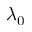
\lambda _ { 0 }